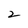
Character: 2